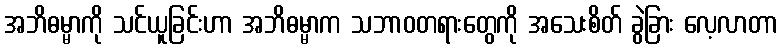
အဘိဓမ္မာကို သင်ယူခြင်းဟာ အဘိဓမ္မာက သဘာဝတရားတွေကို အသေးစိတ် ခွဲခြား လေ့လာတာ